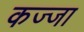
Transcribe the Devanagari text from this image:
कज्जा